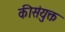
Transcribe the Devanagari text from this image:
कीसंयुक्त